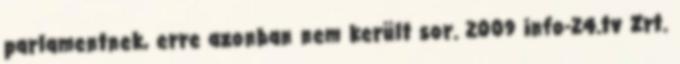
parlamentnek, erre azonban nem került sor. 2009 info-24.tv Zrt.